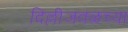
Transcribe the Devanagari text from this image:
दिल्लीजवळच्या